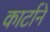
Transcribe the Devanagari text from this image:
कार्टाने